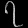
Digit: ၇